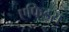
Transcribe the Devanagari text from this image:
एफिड्स